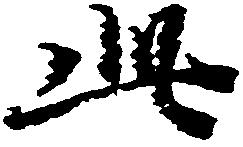
此